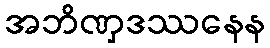
အဘိဏှဒဿနေန